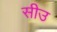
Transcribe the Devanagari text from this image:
सीउ